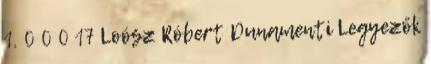
1. 0 0 0 17 Loósz Róbert Dunamenti Legyezők